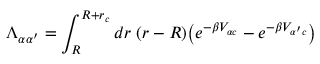
\Lambda _ { \alpha \alpha ^ { \prime } } = \int _ { R } ^ { R + r _ { c } } d r \; ( r - R ) \big ( e ^ { - \beta V _ { \alpha c } } - e ^ { - \beta V _ { \alpha ^ { \prime } c } } \big )